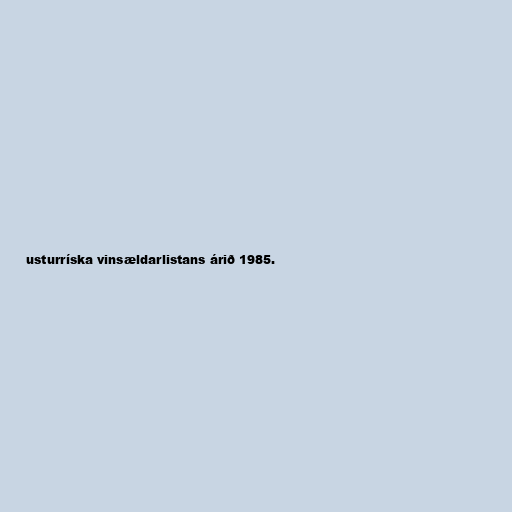
usturríska vinsældarlistans árið 1985.